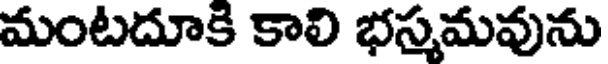
మంటదూకి కాలి భస్మమవును